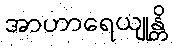
အာဟာရေယျုန္တိ